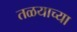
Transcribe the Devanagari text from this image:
तळयाच्या